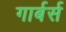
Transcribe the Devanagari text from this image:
गार्बर्स